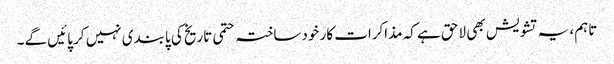
تاہم، یہ تشویش بھی لاحق ہے کہ مذاکرات کار خودساختہ حتمی تاریخ کی پابندی نہیں کر پائیں گے۔